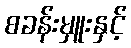
စခန်းမှူးနှင့်